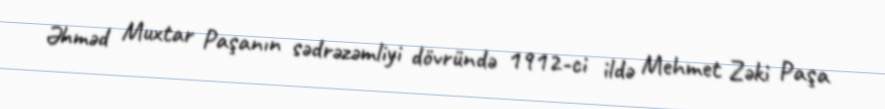
Əhməd Muxtar Paşanın sədrəzəmliyi dövründə 1912-ci ildə Mehmet Zəki Paşa